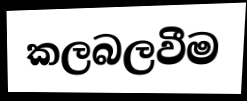
කලබලවීම